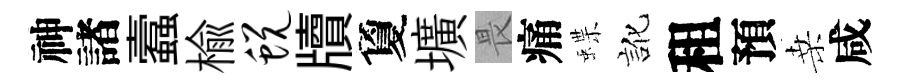
神諸蠧楡蜕牘夐壙畏痛蝶訛租預桑咸